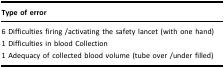
| Type of error |
 | --- |
 | 6 Difficulties firing /activating the safety lancet (with one hand) |
 | 1 Difficulties in blood Collection |
 | 1 Adequacy of collected blood volume (tube over /under filled) |